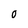
Character: O